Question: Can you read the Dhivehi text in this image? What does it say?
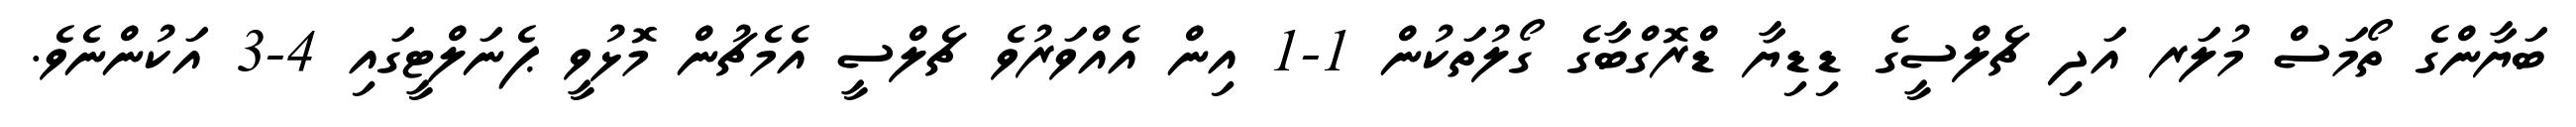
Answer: ބަޔާންގެ ތޯމަސް މުލަރ އަދި ޗެލްސީގެ ޑިޑިޔާ ޑްރޮގްބާގެ ގޯލުތަކުން 1-1 އިން އެއްވަރުވެ ޗެލްސީ އެމެޗުން މޮޅުވީ ޕެނަލްޓީގައި 4-3 އަކުންނެވެ.